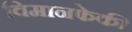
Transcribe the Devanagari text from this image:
विमानफेकी